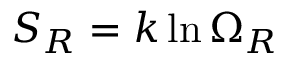
\; S _ { R } = k \ln \Omega _ { R }